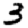
Digit: 3